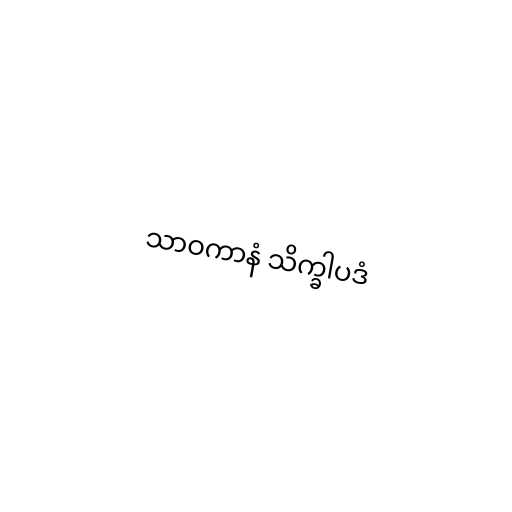
သာဝကာနံ သိက္ခါပဒံ